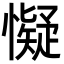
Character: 懝